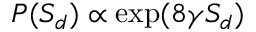
P ( S _ { d } ) \propto \exp ( 8 \gamma S _ { d } )